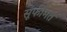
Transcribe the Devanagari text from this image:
सूफीमत